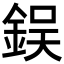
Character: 鋘